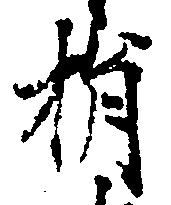
捐